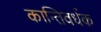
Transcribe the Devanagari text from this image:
कान्तिवर्धक